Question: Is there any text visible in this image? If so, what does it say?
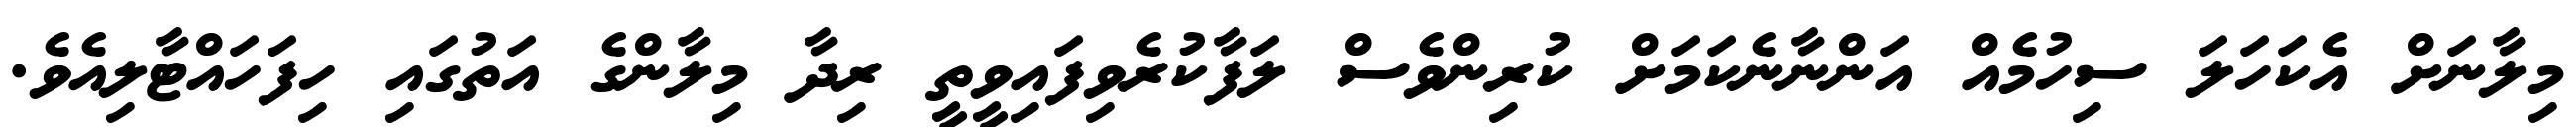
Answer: މިލާނަށް އެކަހަލަ ސިހުމެއް އަންނާނެކަމަށް ކުރިންވެސް ލަފާކުރެވިފައިވީތީ ރިދާ މިލާންގެ އަތުގައި ހިފަހައްޓާލިއެވެ.